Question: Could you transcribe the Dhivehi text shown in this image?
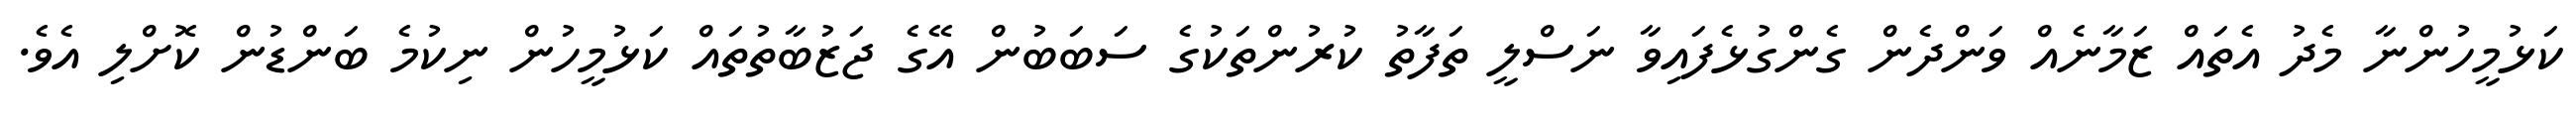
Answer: ކަޅުމީހުންނާ މެދު އެތައް ޒަމާނެއް ވަންދެން ގެންގުޅެފައިވާ ނަސްލީ ތަފާތު ކުރުންތަކުގެ ސަބަބުން އޭގެ ޖަޒުބާތުތައް ކަޅުމީހުން ނިކުމެ ބަންޑުން ކޮށްލި އެވެ.